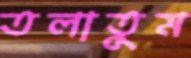
তলাতুম